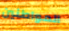
المواطنين